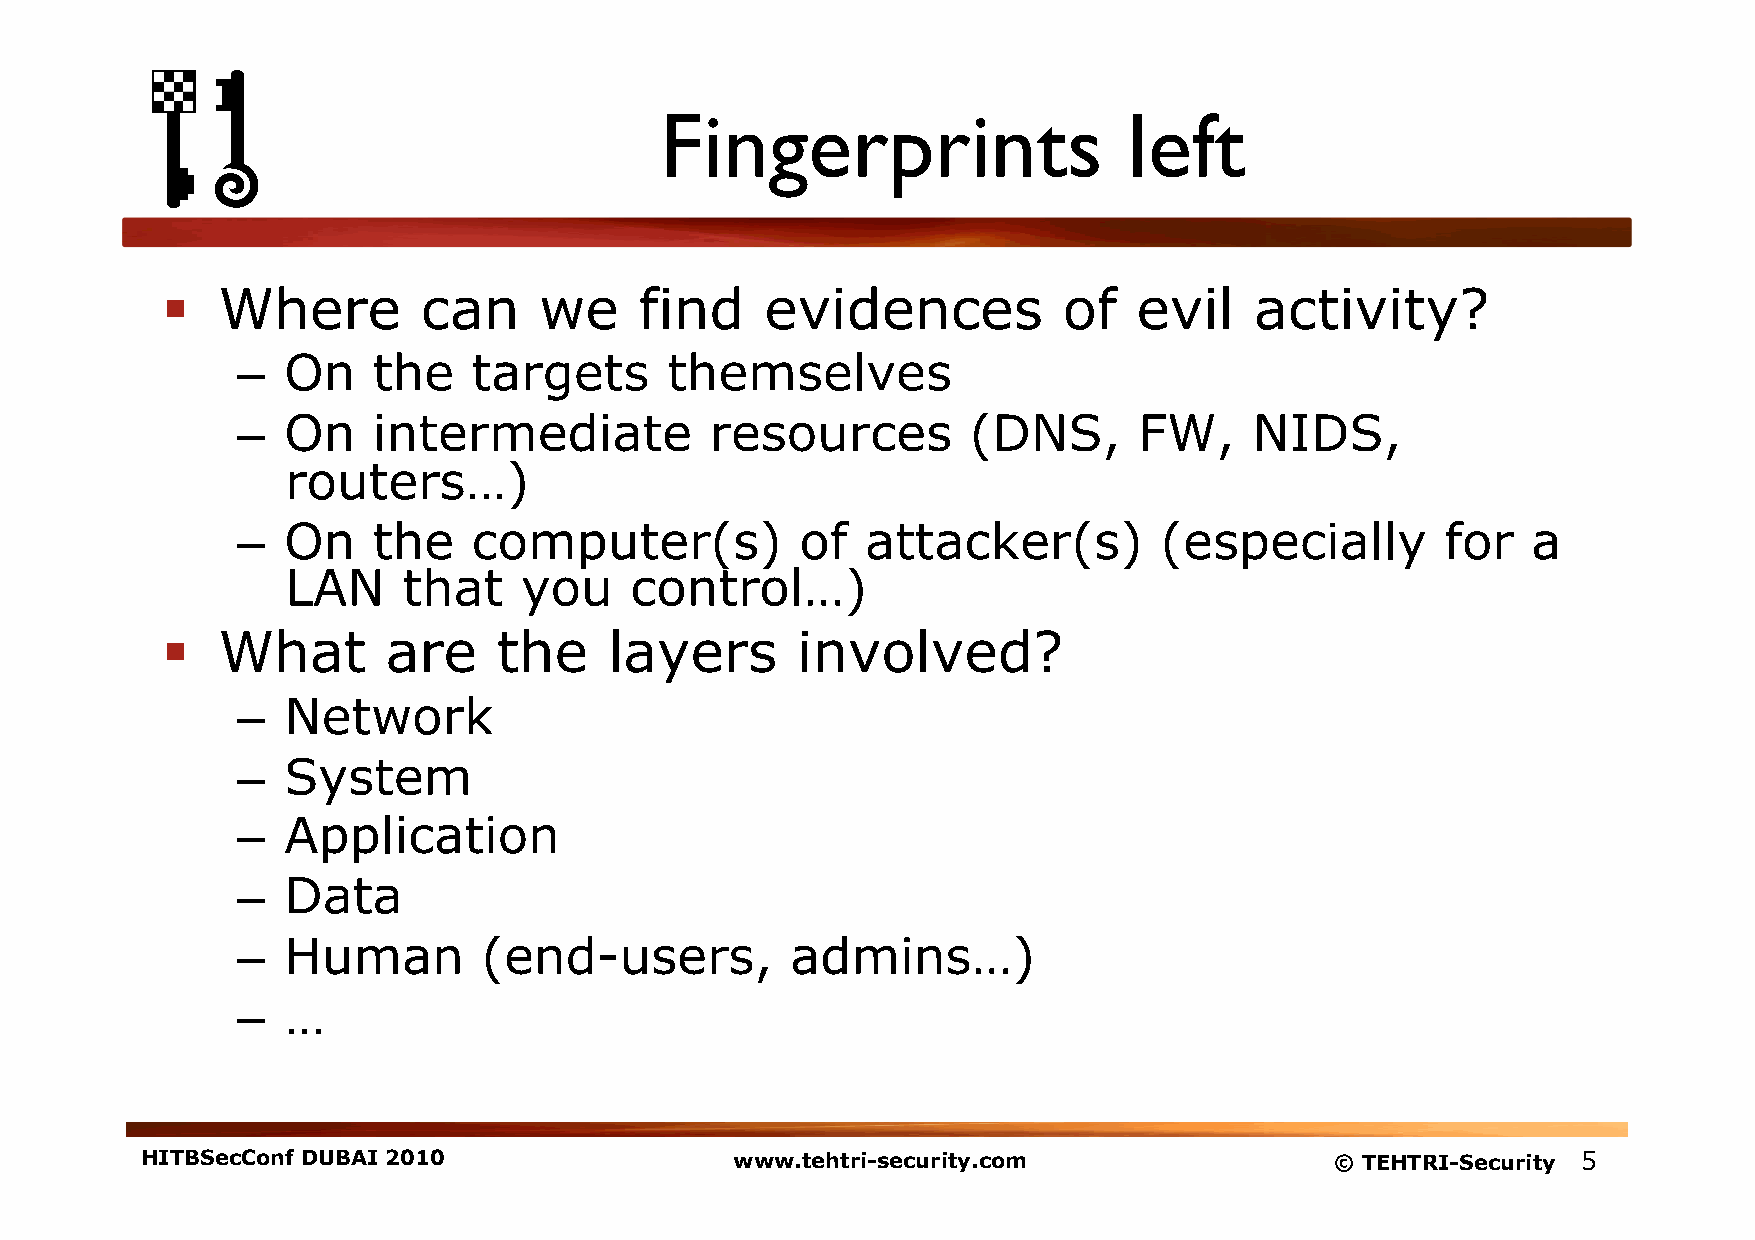
Fingerprints                   left
   Where         can     we    find     evidences          of   evil    activity?
 –  On    the   targets      themselves
 –  On    intermediate          resources        (DNS,      FW,     NIDS,
 routers…)
 –  On    the   computer(s)           of  attacker(s)         (especially        for  a
 LAN     that   you     control…)
   What        are    the    layers       involved?
 –  Network
 –  System
 –  Application
 –  Data
 –  Human        (end-users,         admins…)
 –  …
 HITBSecConf DUBAI 2010                  www.tehtri-security.com                © TEHTRI-Security 5